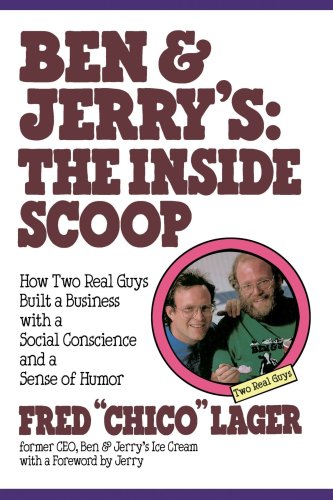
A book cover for Ben & Jerry's: The Inside Scoop: How Two Real Guys Built a Business with a Social Conscience and a Sense of Humor; Fred Lager; Humor & Entertainment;